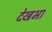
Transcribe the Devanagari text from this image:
देखभा